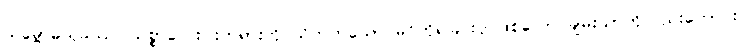
သမ္ဗောဓသုခဿ၊ သစ္စာလေးပါးတရားကို သိတတ်သော မဂ်ကိုရခြင်းငှာဖြစ်သော ချမ်းသာကိုလည်းကောင်း။